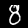
Label: 8